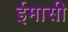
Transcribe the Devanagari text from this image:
ईमासी